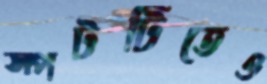
স্পটটিতেও